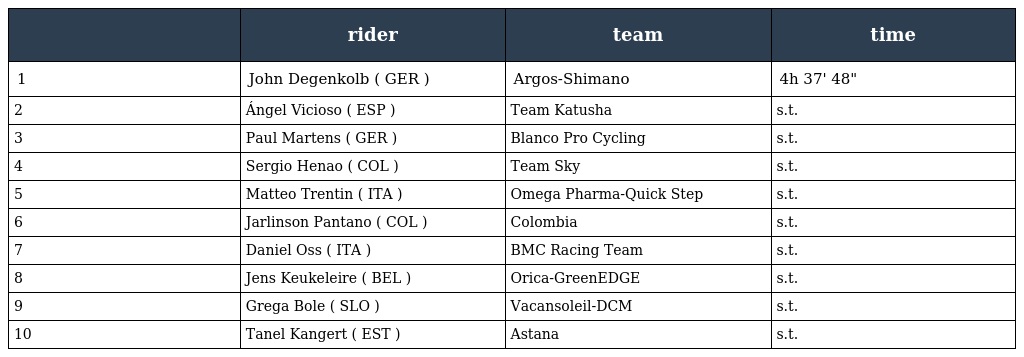
|  | rider | team | time |
 | --- | --- | --- | --- |
 | 1 | John Degenkolb ( GER ) | Argos-Shimano | 4h 37' 48" |
 | 2 | Ángel Vicioso ( ESP ) | Team Katusha | s.t. |
 | 3 | Paul Martens ( GER ) | Blanco Pro Cycling | s.t. |
 | 4 | Sergio Henao ( COL ) | Team Sky | s.t. |
 | 5 | Matteo Trentin ( ITA ) | Omega Pharma-Quick Step | s.t. |
 | 6 | Jarlinson Pantano ( COL ) | Colombia | s.t. |
 | 7 | Daniel Oss ( ITA ) | BMC Racing Team | s.t. |
 | 8 | Jens Keukeleire ( BEL ) | Orica-GreenEDGE | s.t. |
 | 9 | Grega Bole ( SLO ) | Vacansoleil-DCM | s.t. |
 | 10 | Tanel Kangert ( EST ) | Astana | s.t. |